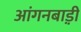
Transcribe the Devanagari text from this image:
आंगनबाड़़ी